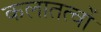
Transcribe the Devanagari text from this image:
कलातत्वों